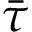
\bar { \tau }